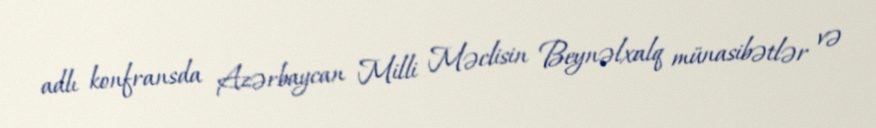
adlı konfransda Azərbaycan Milli Məclisin Beynəlxalq münasibətlər və